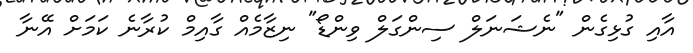
އާއި ގުޅިގެން "ނެޝަނަލް ސިންގަލް ވިންޑޯ" ނިޒާމެއް ގާއިމް ކުރާނެ ކަމަށް އޭނާ